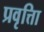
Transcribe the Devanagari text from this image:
प्रवृत्तिा